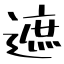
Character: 遮